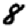
Digit: 8